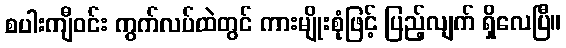
စပါးကျီဝင်း ကွက်လပ်ထဲတွင် ကားမျိုးစုံဖြင့် ပြည့်လျက် ရှိလေပြီ။